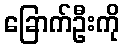
ခြောက်ဦးကို